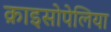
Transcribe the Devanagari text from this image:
क्राइसोपेलिया